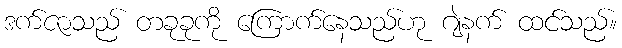
ဒက်ဇာသည် တခုခုကို ကြောက်နေသည်ဟု ဂျဲနက် ထင်သည်။